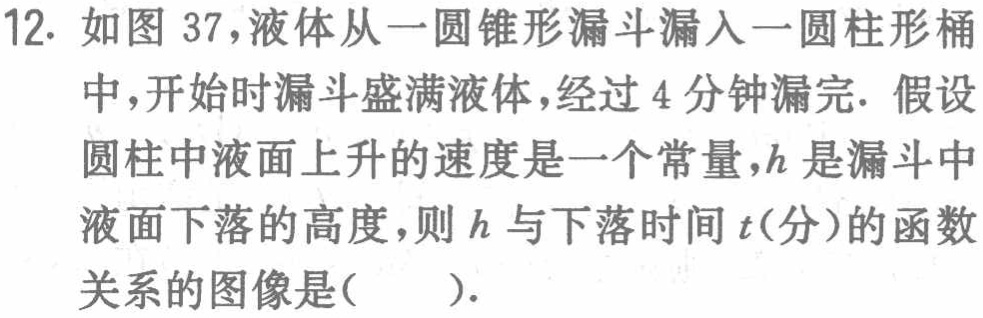
12. 如图 37，液体从一圆锥形漏斗漏入一圆柱形桶中，开始时漏斗盛满液体，经过 4 分钟漏完. 假设圆柱中液面上升的速度是一个常量，\(h\)是漏斗中液面下落的高度，则\(h\)与下落时间\(t\)(分)的函数关系的图像是(  ).